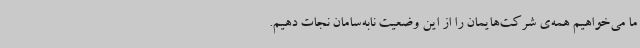
ما می‌خواهیم همه‌ی شرکت‌هایمان را از این وضعیت نابه‌سامان نجات دهیم.